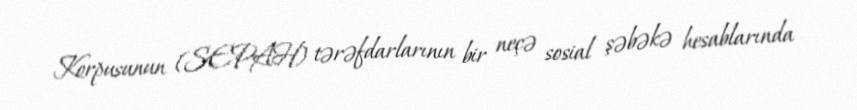
Korpusunun (SEPAH) tərəfdarlarının bir neçə sosial şəbəkə hesablarında